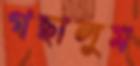
গছালুম